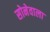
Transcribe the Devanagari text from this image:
सोनेवाला